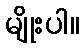
မျိုးပါ။